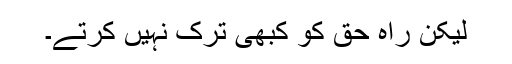
لیکن راہ حق کو کبھی ترک نہیں کرتے۔